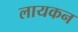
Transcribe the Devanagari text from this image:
लायकन